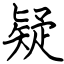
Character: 疑